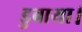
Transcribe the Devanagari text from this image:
डुबाया।